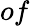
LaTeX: of